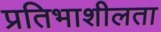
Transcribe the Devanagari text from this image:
प्रतिभाशीलता